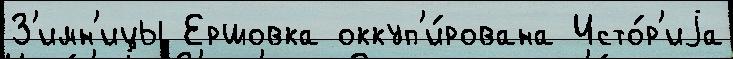
З'имн'ицы Ершовка оккуп'и́рована Исто́р'иjа